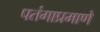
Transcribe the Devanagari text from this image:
पतंगाप्रमाणे